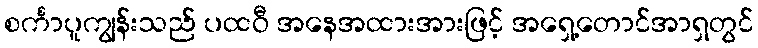
စင်္ကာပူကျွန်းသည် ပထဝီ အနေအထားအားဖြင့် အရှေ့တောင်အာရှတွင်